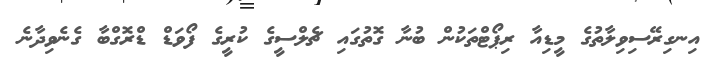
އިނގިރޭސިވިލާތުގެ މީޑިއާ ރިޕޯޓްތަކުން ބުނާ ގޮތުގައި ޗެލްސީގެ ކުރީގެ ފޯވަޑް ޑްރޮގްބާ ގެނެވިދާނެ